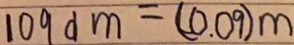
1 0 9 d m = ( 0 . 0 9 ) m